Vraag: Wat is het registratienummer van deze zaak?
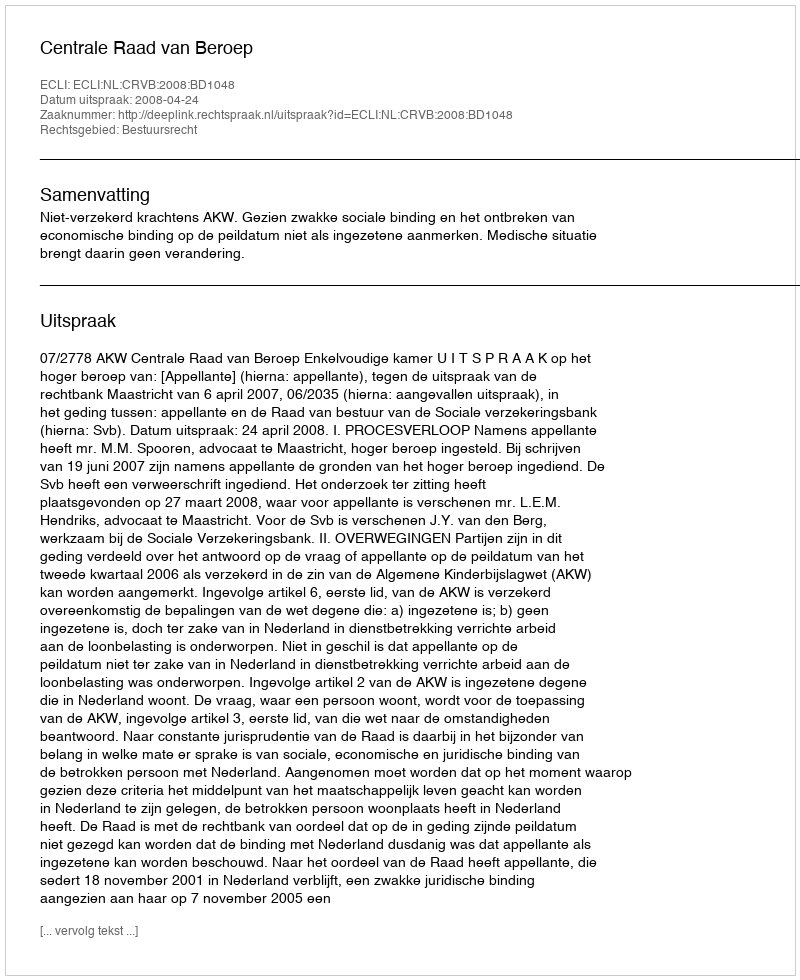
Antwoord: http://deeplink.rechtspraak.nl/uitspraak?id=ECLI:NL:CRVB:2008:BD1048